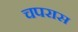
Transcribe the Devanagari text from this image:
चपरास